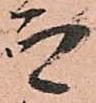
而